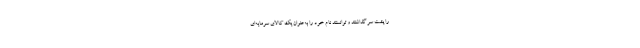
را پشت سر گذاشتند و توانستند نام خود را به‌عنوان یک کالای سرمایه‌ای